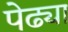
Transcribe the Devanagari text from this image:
पेढ्या